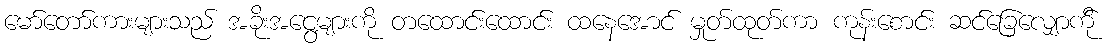
မော်တော်ကားများသည် အခိုးအငွေ့များကို တထောင်းထောင်း ထနေအောင် မှုတ်ထုတ်ကာ ကုန်းစောင်း ဆင်ခြေလျှောက်ို